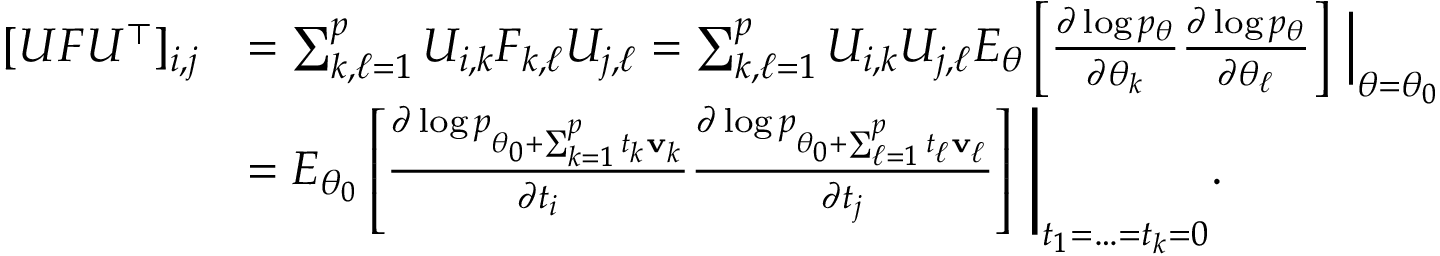
\begin{array} { r l } { [ U F U ^ { \top } ] _ { i , j } } & { = \sum _ { k , \ell = 1 } ^ { p } U _ { i , k } F _ { k , \ell } U _ { j , \ell } = \sum _ { k , \ell = 1 } ^ { p } U _ { i , k } U _ { j , \ell } E _ { \theta } \left[ \frac { \partial \log p _ { \theta } } { \partial \theta _ { k } } \frac { \partial \log p _ { \theta } } { \partial \theta _ { \ell } } \right] \, \Big | _ { \theta = \theta _ { 0 } } } \\ & { = E _ { \theta _ { 0 } } \left[ \frac { \partial \log p _ { \theta _ { 0 } + \sum _ { k = 1 } ^ { p } t _ { k } { \bf v } _ { k } } } { \partial t _ { i } } \frac { \partial \log p _ { \theta _ { 0 } + \sum _ { \ell = 1 } ^ { p } t _ { \ell } { \bf v } _ { \ell } } } { \partial t _ { j } } \right] \, \Bigg | _ { t _ { 1 } = \ldots = t _ { k } = 0 } . } \end{array}